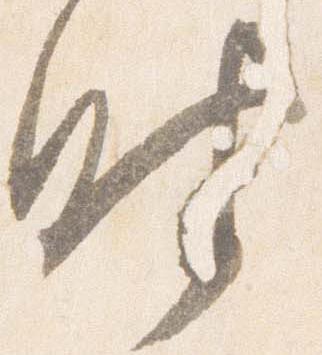
時